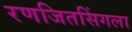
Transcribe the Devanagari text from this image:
रणजितसिंगला